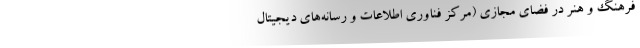
فرهنگ و هنر در فضای مجازی (مرکز فناوری اطلاعات و رسانه‌های دیجیتال